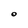
Character: O